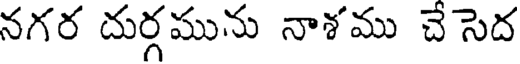
నగర దుర్గమును నాశము చే సెద